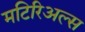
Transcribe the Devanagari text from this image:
मटिरिअल्स